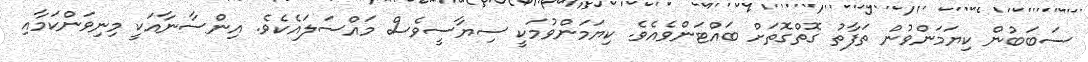
ސަބަބުން ކިޔަމަންވުން ތަފާތު ގޮތްގޮތަށް ބައްޓަންވެއެވެ. ކިޔަމަންވުމަކީ ސިޔާސީވެސް މައްސަލައެކެވެ. އިންސާނާއަކީ މިނިވަންކަމާއި